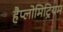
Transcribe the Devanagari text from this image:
हैप्लोमिट्रियम